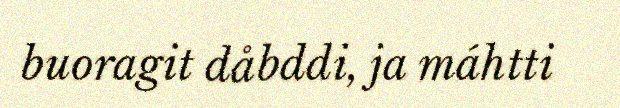
buoragit dåbddi, ja máhtti